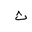
Letter: _tha